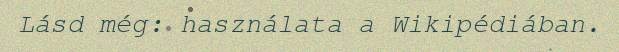
Lásd még: használata a Wikipédiában.